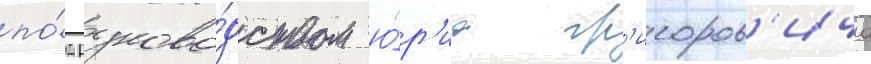
по́д руково́дством ю́р'иа гр'игоров'ича